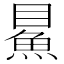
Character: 𩶔